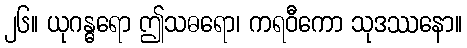
၂၆။ ယုဂန္ဓရော ဤသဓရော၊ ကရဝီကော သုဒဿနော။